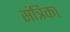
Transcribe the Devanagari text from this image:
संत्रिका